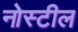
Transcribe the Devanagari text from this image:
नोस्टील